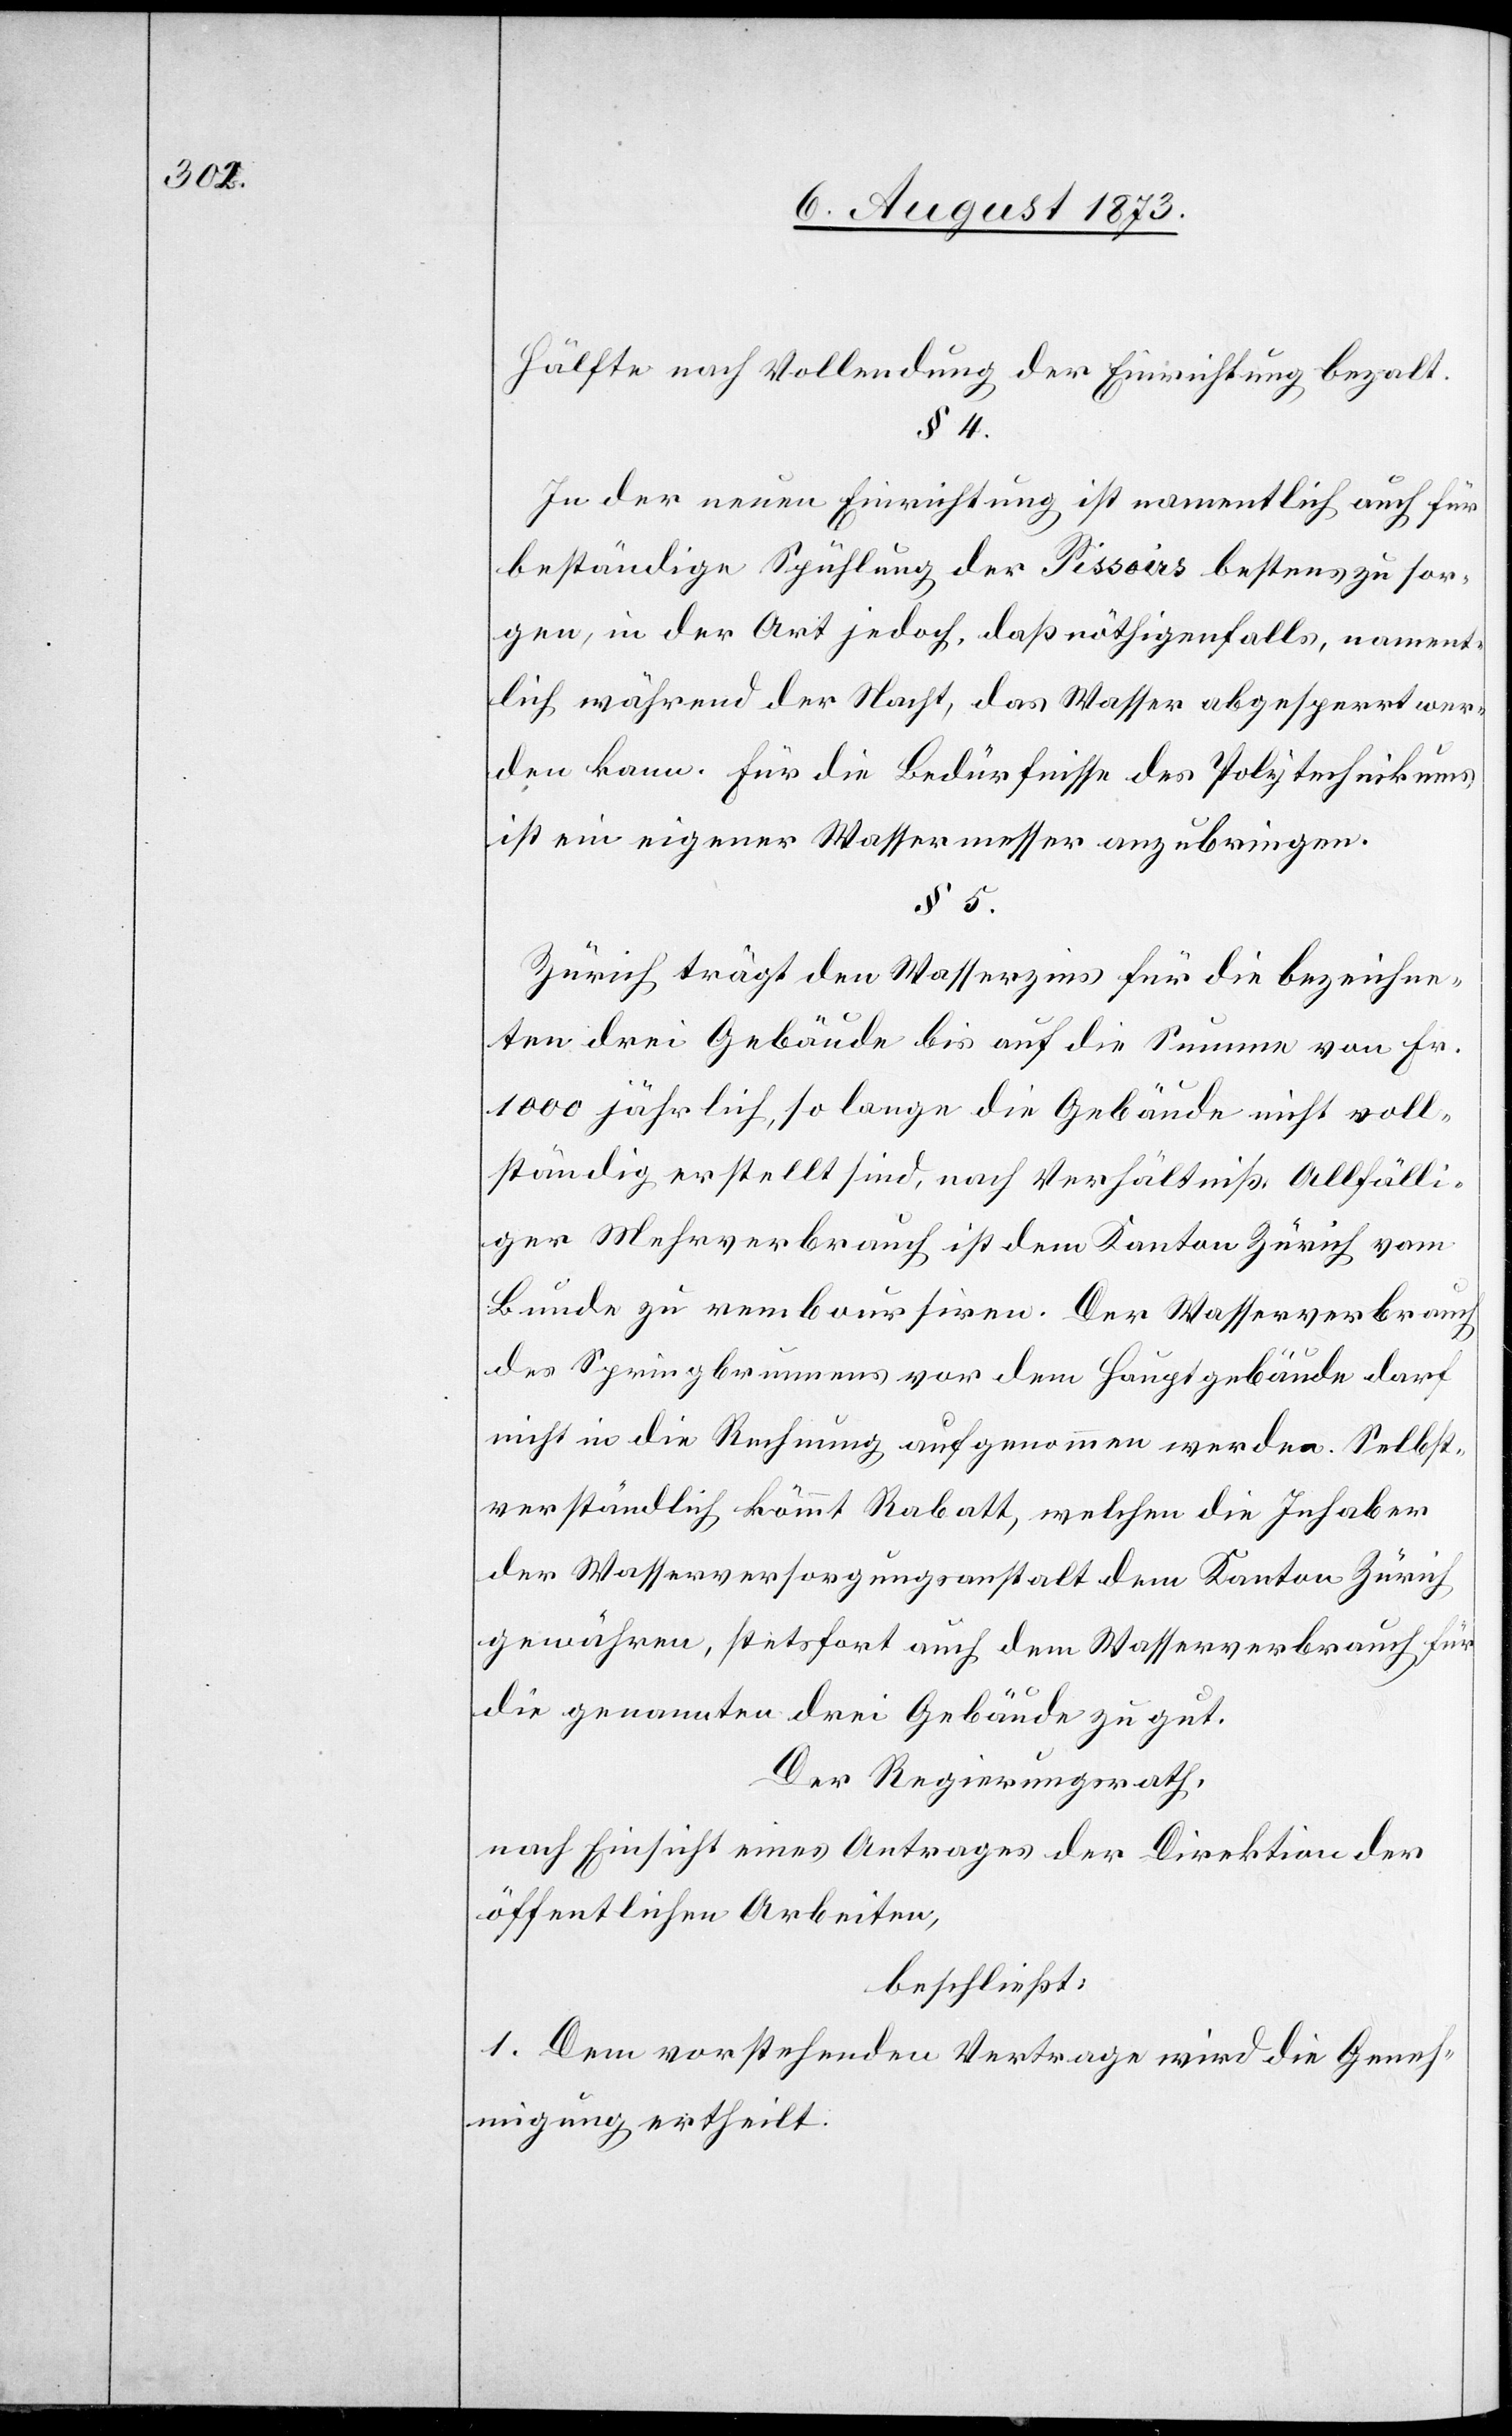
Hälfte nach Vollendung der Einrichtung bezalt.
§ 4.
In der neuen Einrichtung ist namentlich auch für
beständige Spühlung der Pissoirs bestens zu sor¬
gen, in der Art jedoch, daß nöthigenfalls, nament¬
lich während der Nacht, das Wasser abgesperrt wer¬
den kann. Für die Bedürfnisse des Polytechnikums
ist ein eigener Wassermesser anzubringen.
§ 5.
Zürich trägt den Wasserzins für die bezeichne¬
ten drei Gebäude bis auf die Summe von Fr.
1 000 jährlich, so lange die Gebäude nicht voll¬
ständig erstellt sind, nach Verhältniß. Allfälli¬
ger Mehrverbrauch ist dem Kanton Zürich vom
Bunde zu remboursiren. Der Wasserverbrauch
des Springbrunnens vor dem Hauptgebäude darf
nicht in die Rechnung aufgenommen werden. Selbst¬
verständlich kömmt Rabatt, welchen die Inhaber
der Wasserversorgungsanstalt dem Kanton Zürich
gewähren, stetsfort auch dem Wasserverbrauch für
die genannten drei Gebäude zu gut.
Der Regierungsrath,
nach Einsicht eines Antrages der Direktion der
öffentlichen Arbeiten,
beschließt:
1. Dem vorstehenden Vertrage wird die Geneh¬
migung ertheilt.